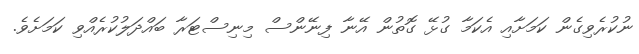
ނުކުރެވިގެން ކަމަށާއި އެކަމާ ގުޅޭ ގޮތުން އޭނާ ފިނޭންސް މިނިސްޓަރާ ބައްދަލުކުރެއްވި ކަމަށެވެ.